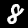
Digit: 8